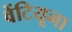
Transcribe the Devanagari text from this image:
वेंटियूना